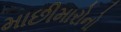
માછીમારોનો